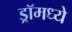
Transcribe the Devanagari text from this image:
ड्रॉमध्ये